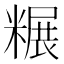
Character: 𫃌